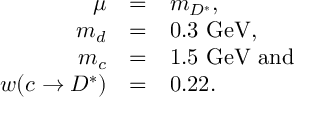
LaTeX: \begin{array} { r c l } { { \mu } } & { { = } } & { { m _ { D ^ { * } } , } } \\ { { m _ { d } } } & { { = } } & { { 0 . 3 \ \mathrm { G e V } , } } \\ { { m _ { c } } } & { { = } } & { { 1 . 5 \ \mathrm { G e V } \ \mathrm { a n d } } } \\ { { w ( c \to D ^ { * } ) } } & { { = } } & { { 0 . 2 2 . } } \end{array}